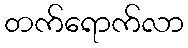
တက်ရောက်လာ